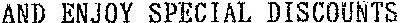
AND ENJOY SPECUAL DUSCOUNTS